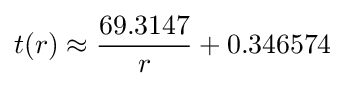
t(r)\approx {\frac {69.3147}{r}}+0.346574